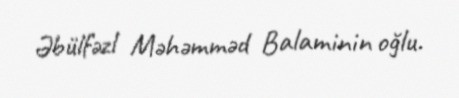
Əbülfəzl Məhəmməd Balaminin oğlu.